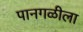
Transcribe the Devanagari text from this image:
पानगळीला